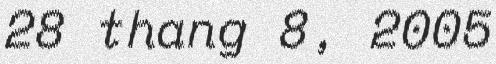
28 thang 8, 2005